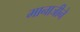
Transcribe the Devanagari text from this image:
मानाजीने